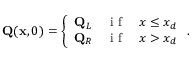
\mathbf { Q } ( \mathbf { x } , 0 ) = \left\{ \begin{array} { c c c } { \mathbf { Q } _ { L } } & { \textnormal { i f } } & { x \leq x _ { d } } \\ { \mathbf { Q } _ { R } } & { \textnormal { i f } } & { x > x _ { d } } \end{array} \right. .